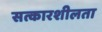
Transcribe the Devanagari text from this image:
सत्कारशीलता